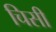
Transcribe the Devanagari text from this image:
चिसी